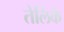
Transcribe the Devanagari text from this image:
तेलिके